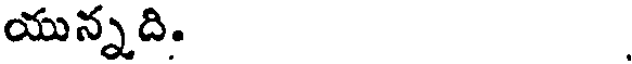
యున్నది.